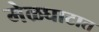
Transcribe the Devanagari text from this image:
मेळघाटात